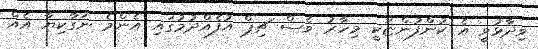
ވިދާޅުވީ އެ ކުންފުންޏަކީ މިހާރު ވެސް ޗިޕް އުފެއްދުމުގައި އެންމެ ނަގާކިޔާ އެއް